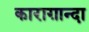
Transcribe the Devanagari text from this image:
काराग़ान्दा